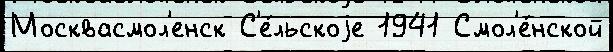
Москвасмол'енск С'е́льскоjе 1941 Смол'е́нской